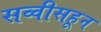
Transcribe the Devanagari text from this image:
सव्वीसहून